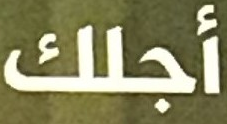
أجلك